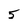
Character: 5